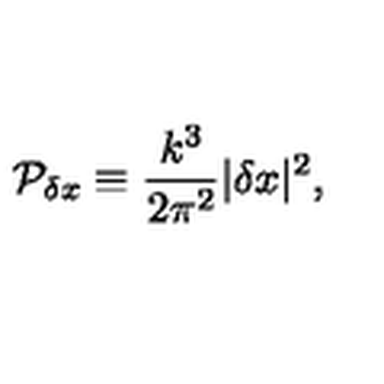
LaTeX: { \cal P } _ { \delta x } \equiv { \frac { k ^ { 3 } } { 2 \pi ^ { 2 } } } | \delta x | ^ { 2 } ,